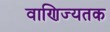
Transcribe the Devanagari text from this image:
वाणिज्यतक